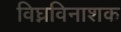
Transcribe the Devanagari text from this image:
विघ्नविनाशक